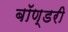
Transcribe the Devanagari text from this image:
बॉण्डरी